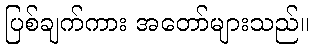
ပြစ်ချက်ကား အတော်များသည်။